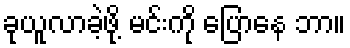
ခုယူလာခဲ့ဖို့ မင်းကို ပြောနေ ဘာ။